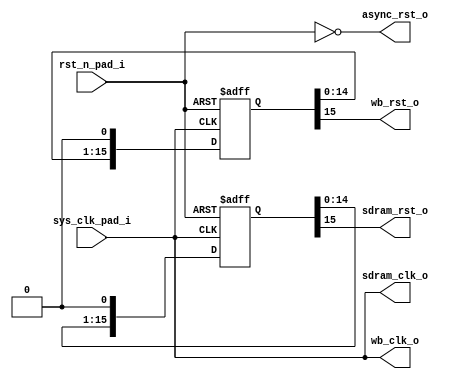
//////////////////////////////////////////////////////////////////////
//
// clkgen
//
// Handles clock and reset generation for rest of design
//
//
//////////////////////////////////////////////////////////////////////
////                                                              ////
//// Copyright (C) 2009, 2010 Authors and OPENCORES.ORG           ////
////                                                              ////
//// This source file may be used and distributed without         ////
//// restriction provided that this copyright statement is not    ////
//// removed from the file and that any derivative work contains  ////
//// the original copyright notice and the associated disclaimer. ////
////                                                              ////
//// This source file is free software; you can redistribute it   ////
//// and/or modify it under the terms of the GNU Lesser General   ////
//// Public License as published by the Free Software Foundation; ////
//// either version 2.1 of the License, or (at your option) any   ////
//// later version.                                               ////
////                                                              ////
//// This source is distributed in the hope that it will be       ////
//// useful, but WITHOUT ANY WARRANTY; without even the implied   ////
//// warranty of MERCHANTABILITY or FITNESS FOR A PARTICULAR      ////
//// PURPOSE.  See the GNU Lesser General Public License for more ////
//// details.                                                     ////
////                                                              ////
//// You should have received a copy of the GNU Lesser General    ////
//// Public License along with this source; if not, download it   ////
//// from http://www.opencores.org/lgpl.shtml                     ////
////                                                              ////
//////////////////////////////////////////////////////////////////////

module clkgen
(
	// Main clocks in, depending on board
	input	sys_clk_pad_i,
	// Asynchronous, active low reset in
	input	rst_n_pad_i,
	// Input reset - through a buffer, asynchronous
	output	async_rst_o,

	// Wishbone clock and reset out
	output	wb_clk_o,
	output	wb_rst_o,

	// Main memory clocks
	output	sdram_clk_o,
	output	sdram_rst_o
);

// First, deal with the asychronous reset
wire	async_rst;
wire	async_rst_n;

assign	async_rst_n  = rst_n_pad_i;
assign	async_rst  = ~async_rst_n;

// Everyone likes active-high reset signals...
assign	async_rst_o = ~async_rst_n;

// No PLL support - phase shift SDRAM clk using LUTs :vomit:
/*
localparam sdram_shift_count  = 5;
wire [sdram_shift_count:0] sdram_clk_shift;
assign sdram_clk_shift[0] = sys_clk_pad_i;

generate
	genvar ii;
	for (ii = 0; ii < sdram_shift_count; ii=ii+1) begin
		LUT4 #(.INIT(2)) lut4_i (.A(sdram_clk_shift[ii]), .B(1'b0), .C(1'b0), .D(1'b0), .Z(sdram_clk_shift[ii+1]));
	end
endgenerate

assign sdram_clk_o = sdram_clk_shift[sdram_shift_count];
*/
assign sdram_clk_o = sys_clk_pad_i;

//
// Declare synchronous reset wires here
//

// An active-low synchronous reset signal (usually a PLL lock signal)
wire   sync_rst_n;

wire   pll_lock;

assign wb_clk_o = sys_clk_pad_i;
assign pll_lock = 1'b1;
assign sync_rst_n = pll_lock;



//
// Reset generation
//
//

// Reset generation for wishbone
reg [15:0]	wb_rst_shr;

always @(posedge wb_clk_o or posedge async_rst)
	if (async_rst)
		wb_rst_shr <= 16'hffff;
	else
		wb_rst_shr <= {wb_rst_shr[14:0], ~(sync_rst_n)};

assign wb_rst_o = wb_rst_shr[15];


// Reset generation for SDRAM controller
reg [15:0]	sdram_rst_shr;

always @(posedge sdram_clk_o or posedge async_rst)
	if (async_rst)
		sdram_rst_shr <= 16'hffff;
	else
		sdram_rst_shr <= {sdram_rst_shr[14:0], ~(sync_rst_n)};

assign sdram_rst_o = sdram_rst_shr[15];

endmodule // clkgen